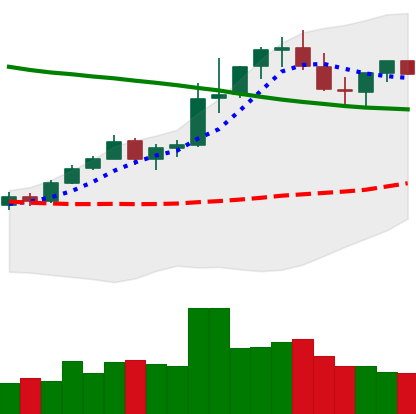
Ticker: TRX-USD
Chart end date: 2021-08-21
Forward return: -5.493%
Label: down_5_7